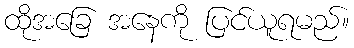
ထိုအခြေ အနေကို ပြင်ယူရမည်။